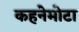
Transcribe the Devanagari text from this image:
कहनेमोटा